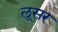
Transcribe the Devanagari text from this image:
लूसर